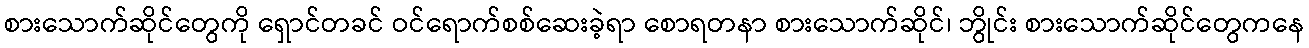
စားသောက်ဆိုင်တွေကို ရှောင်တခင် ဝင်ရောက်စစ်ဆေးခဲ့ရာ စောရတနာ စားသောက်ဆိုင်၊ ဘွိုင်း စားသောက်ဆိုင်တွေကနေ